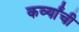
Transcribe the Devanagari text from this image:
कर्व्यांची